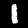
Digit: 1